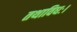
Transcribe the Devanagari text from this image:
तथाविधः।